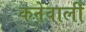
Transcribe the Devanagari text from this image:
कनेवाली